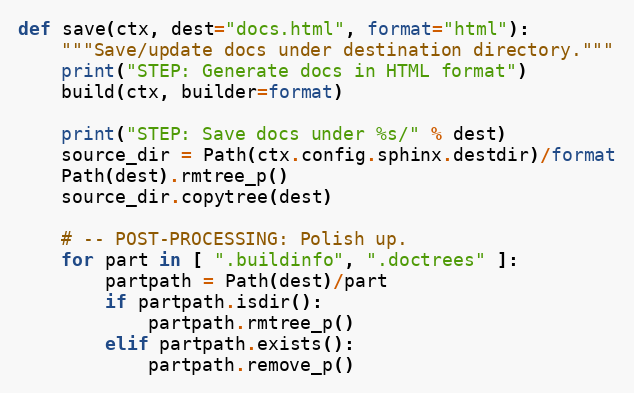
Language: Python
def save(ctx, dest="docs.html", format="html"):
    """Save/update docs under destination directory."""
    print("STEP: Generate docs in HTML format")
    build(ctx, builder=format)

    print("STEP: Save docs under %s/" % dest)
    source_dir = Path(ctx.config.sphinx.destdir)/format
    Path(dest).rmtree_p()
    source_dir.copytree(dest)

    # -- POST-PROCESSING: Polish up.
    for part in [ ".buildinfo", ".doctrees" ]:
        partpath = Path(dest)/part
        if partpath.isdir():
            partpath.rmtree_p()
        elif partpath.exists():
            partpath.remove_p()